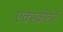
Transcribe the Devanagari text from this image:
एक्स्क्रीटरी